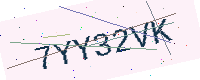
Text: 7YY32VK